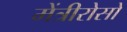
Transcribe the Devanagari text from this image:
मेंत्रीरोसो